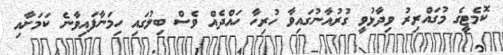
ކޮމެޓީގެ މުގައްރިރު ވިދާޅުވީ ގުރުއާނުގައިވާ ހުރިހާ ހައްދެއް ވެސް ބިލުގައި ހިމަނާފައިވާނެ ކަމަށާއި